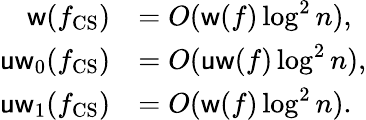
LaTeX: \begin{array}{rl}{\mathsf{w}(f_{\mathrm{CS}})}&{=O(\mathsf{w}(f)\log^{2}n),}\\ {\mathsf{uw}_{0}(f_{\mathrm{CS}})}&{=O(\mathsf{uw}(f)\log^{2}n),}\\ {\mathsf{uw}_{1}(f_{\mathrm{CS}})}&{=O(\mathsf{w}(f)\log^{2}n).}\end{array}